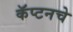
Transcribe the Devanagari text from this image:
कॅप्टनचे